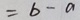
= b - a